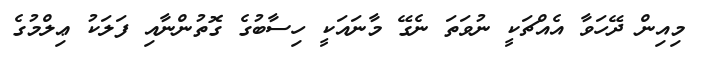
މިއިން ދޭހަވާ އެއްޗަކީ ނުވަތަ ނެގޭ މާނައަކީ ހިސާބުގެ ގޮތުންނާއި ފަލަކު ޢިލްމުގެ